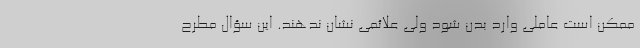
ممکن است عاملی وارد بدن شود ولی علائمی نشان ندهند. این سؤال مطرح